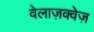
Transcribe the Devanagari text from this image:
वेलाज़क्वेज़